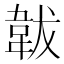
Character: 韍